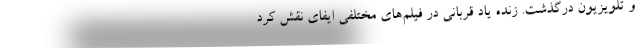
و تلویزیون درگذشت. زنده یاد قربانی در فیلم‌های مختلفی ایفای نقش کرد